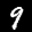
Label: 9